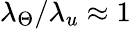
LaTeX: \lambda_{\Theta}/\lambda_{u}\approx 1